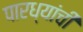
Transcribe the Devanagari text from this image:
पारध्यांची